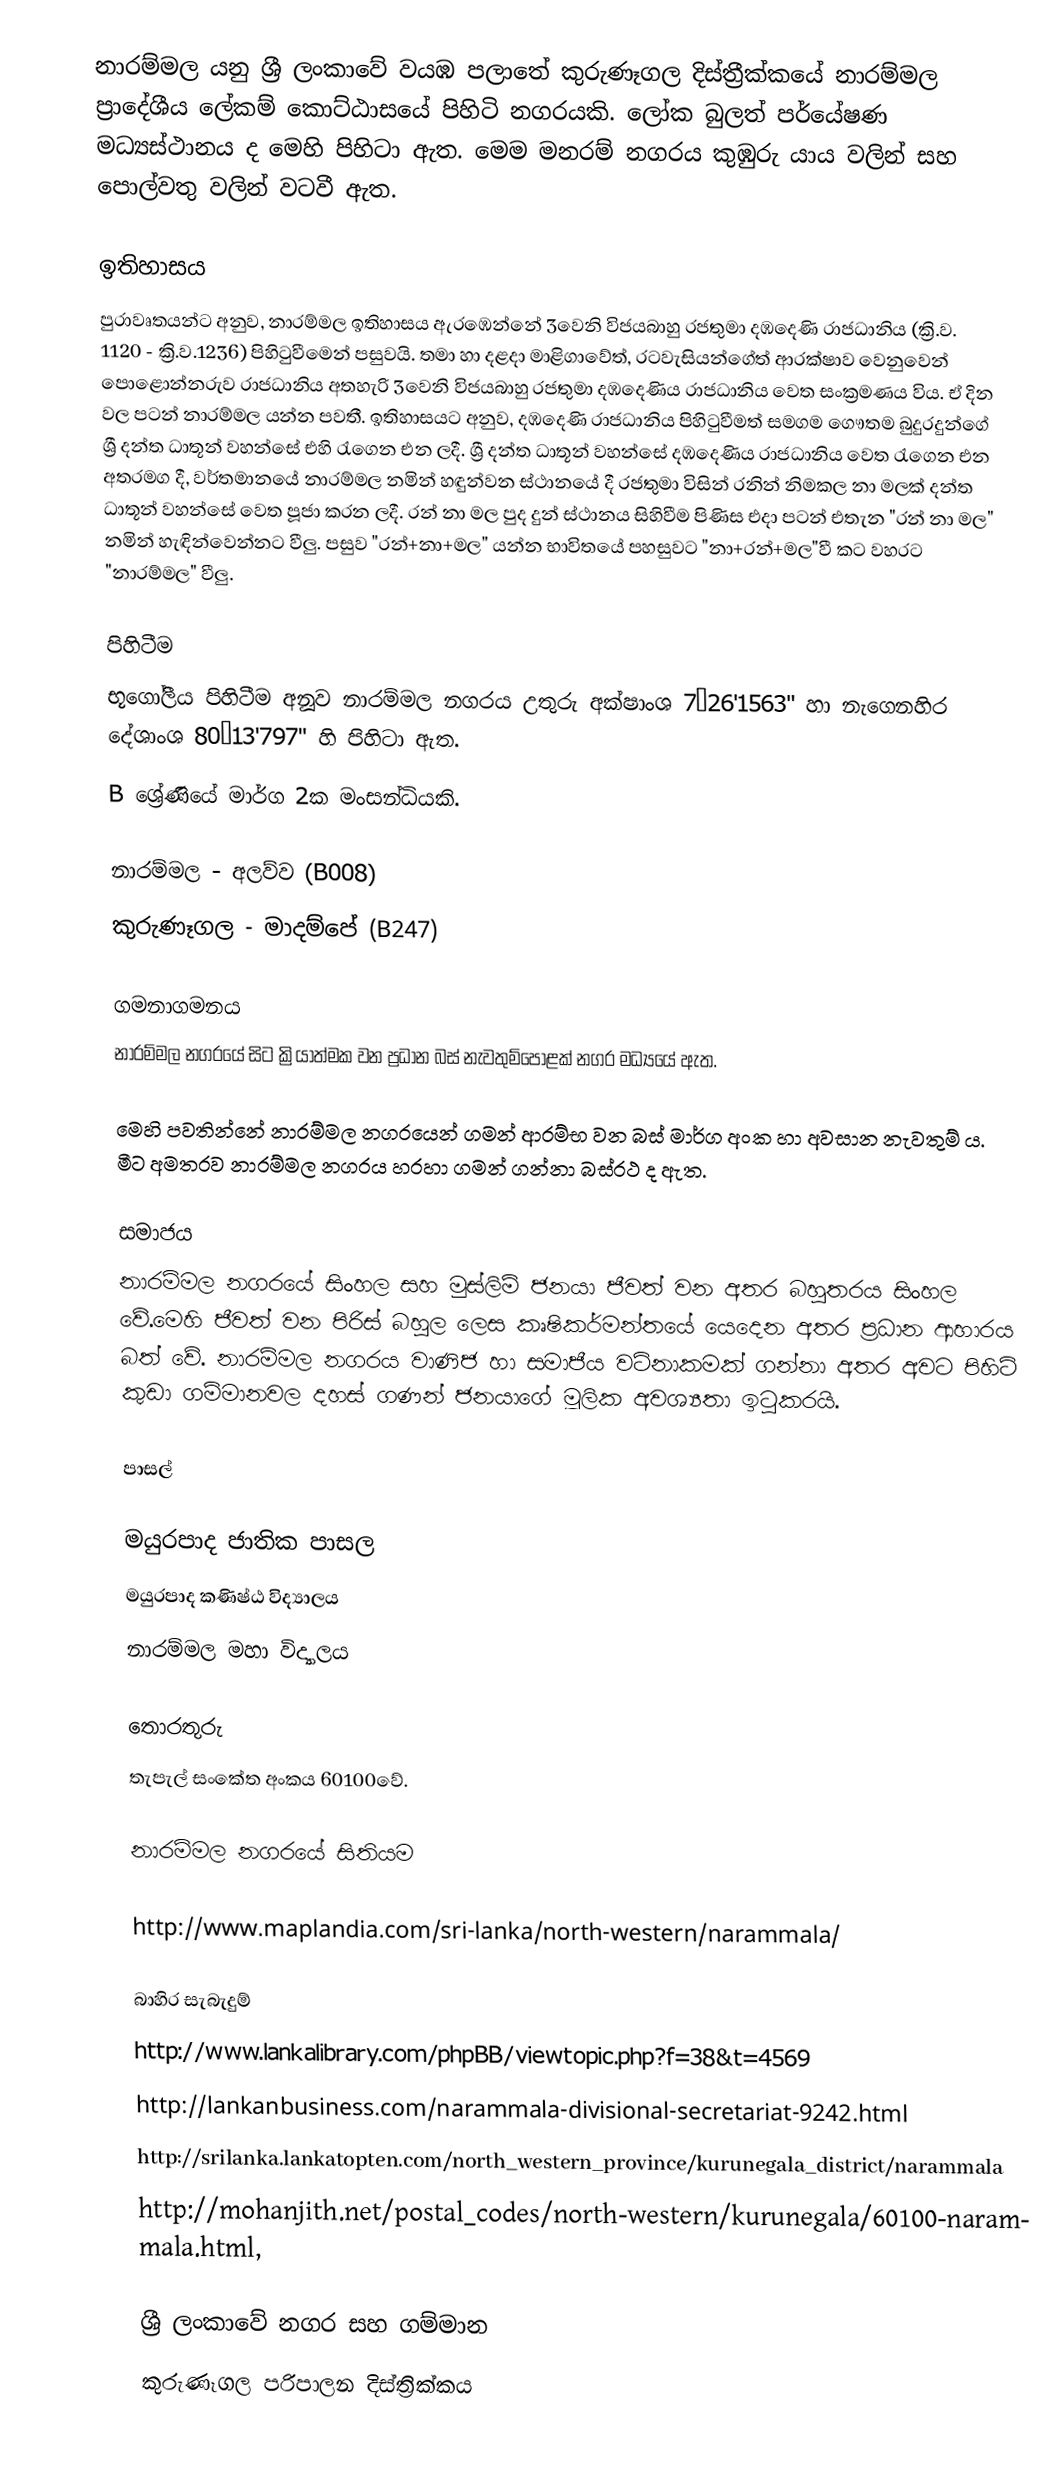
නාරම්මල යනු ශ්‍රී ලංකාවේ වයඹ පලාතේ කුරුණෑගල දිස්ත්‍රීක්කයේ නාරම්මල ප්‍රාදේශීය ලේකම් කොට්ඨාසයේ පිහිටි නගරයකි. ලෝක බුලත් පර්යේෂණ මධ්‍යස්ථානය ද මෙහි පිහිටා ඇත. මෙම මනරම් නගරය කුඹුරු යාය වලින් සහ පොල්වතු වලින් වටවී ඇත.

ඉතිහාසය
පුරාවෘතයන්ට අනුව, නාරම්මල ඉතිහාසය ඇරඹෙන්නේ 3වෙනි විජයබාහු රජතුමා  දඹදෙණි රාජධානිය (ක්‍රි.ව. 1120 - ක්‍රි.ව.1236) පිහිටුවීමෙන් පසුවයි. තමා හා දළදා මාළිගාවේත්, රටවැසියන්ගේත් ආරක්ෂාව වෙනුවෙන්  පොළොන්නරුව රාජධානිය අතහැරි 3වෙනි විජයබාහු රජතුමා දඹදෙණිය රාජධානිය වෙත සංක්‍රමණය විය. ඒ දින වල පටන් නාරම්මල යන්න පවතී. ඉතිහාසයට අනුව, දඹදෙණි රාජධානිය පිහිටුවීමත් සමගම ගෞතම බුදුරදුන්ගේ ශ්‍රී දන්ත ධාතූන් වහන්සේ එහි රැගෙන එන ලදී. ශ්‍රී දන්ත ධාතූන් වහන්සේ දඹදෙණිය රාජධානිය වෙත රැගෙන එන අතරමග දී, වර්තමානයේ නාරම්මල නමින් හඳුන්වන ස්ථානයේ දී රජතුමා විසින් රනින් නිමකල නා මලක් දන්ත ධාතූන් වහන්සේ වෙත පූජා කරන ලදී. රන් නා මල පුද දුන් ස්ථානය සිහිවීම පිණිස එදා පටන් එතැන "රන් නා මල" නමින් හැඳින්වෙන්නට වීලු. පසුව "රන්+නා+මල" යන්න භාවිතයේ පහසුවට "නා+රන්+මල"වී කට වහරට "නාරම්මල" වීලු.

පිහිටීම
භූගෝලීය පිහිටීම අනූව නාරම්මල නගරය උතුරු අක්ෂාංශ 7°26'1563" හා නැගෙනහිර දේශාංශ 80°13'797" හි පිහිටා ඇත.
B ශ්‍රේණියේ මාර්ග 2ක මංසන්ධියකි.

 නාරම්මල - අලව්ව (B008)
 කුරුණෑගල - මාදම්පේ (B247)

ගමනාගමනය
නාරම්මල නගරයේ සිට ක්‍රියාත්මක වන ප්‍රධාන බස් නැවතුම්පොළක් නගර මධ්‍යයේ ඇත.

 මෙහි පවතින්නේ නාරම්මල නගරයෙන් ගමන් ආරම්භ වන බස් මාර්ග අංක හා අවසාන නැවතුම් ය. මීට අමතරව නාරම්මල නගරය හරහා ගමන් ගන්නා බස්රථ ද ඇත.

සමාජය
නාරම්මල නගරයේ සිංහල සහ මුස්ලිම් ජනයා ජීවත් වන අතර බහුතරය සිංහල වේ.මෙහි ජීවත් වන පිරිස් බහුල ලෙස කෘෂිකර්මන්තයේ යෙදෙන අතර ප්‍රධාන ආහාරය බත් වේ. නාරම්මල නගරය වාණිජ හා සමාජීය වටිනාකමක් ගන්නා අතර අවට පිහිටි කුඩා ගම්මානවල දහස් ගණන් ජනයාගේ මූලික අවශ්‍යතා ඉටුකරයි.

පාසල්

 මයුරපාද ජාතික පාසල
 මයුරපාද කණිෂ්ඨ විද්‍යාලය
 නාරම්මල මහා විද්‍යාලය

තොරතුරු
තැපැල් සංකේත අංකය 60100වේ.

නාරම්මල නගරයේ සිතියම

http://www.maplandia.com/sri-lanka/north-western/narammala/

බාහිර සැබැදුම්
http://www.lankalibrary.com/phpBB/viewtopic.php?f=38&t=4569
http://lankanbusiness.com/narammala-divisional-secretariat-9242.html
http://srilanka.lankatopten.com/north_western_province/kurunegala_district/narammala
http://mohanjith.net/postal_codes/north-western/kurunegala/60100-narammala.html,

ශ්‍රී ලංකාවේ නගර සහ ගම්මාන
කුරුණෑගල පරිපාලන දිස්ත්‍රික්කය